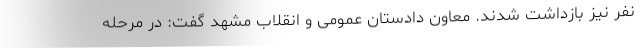
نفر نیز بازداشت شدند. معاون دادستان عمومی و انقلاب مشهد گفت: در مرحله